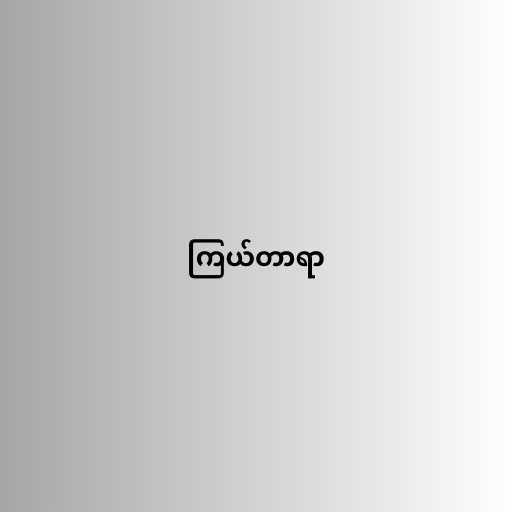
ကြယ်တာရာ